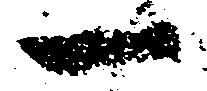
一